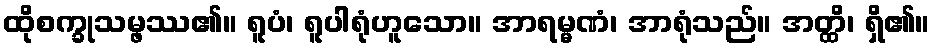
ထိုစက္ခုသမ္ဖဿ၏။ ရူပံ၊ ရူပါရုံဟူသော။ အာရမ္မဏံ၊ အာရုံသည်။ အတ္ထိ၊ ရှိ၏။